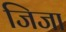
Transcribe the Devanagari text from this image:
जिजा